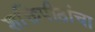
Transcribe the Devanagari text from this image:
शक्तिपीठांचा